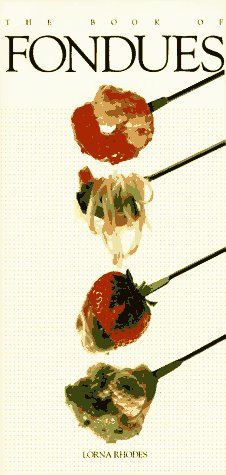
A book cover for The Book of Fondues; Lorna Rhodes; Cookbooks, Food & Wine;